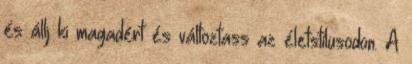
és állj ki magadért és változtass az életstílusodon. A